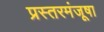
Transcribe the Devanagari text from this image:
प्रस्तरमंजूषा